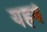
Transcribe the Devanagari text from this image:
यहवे